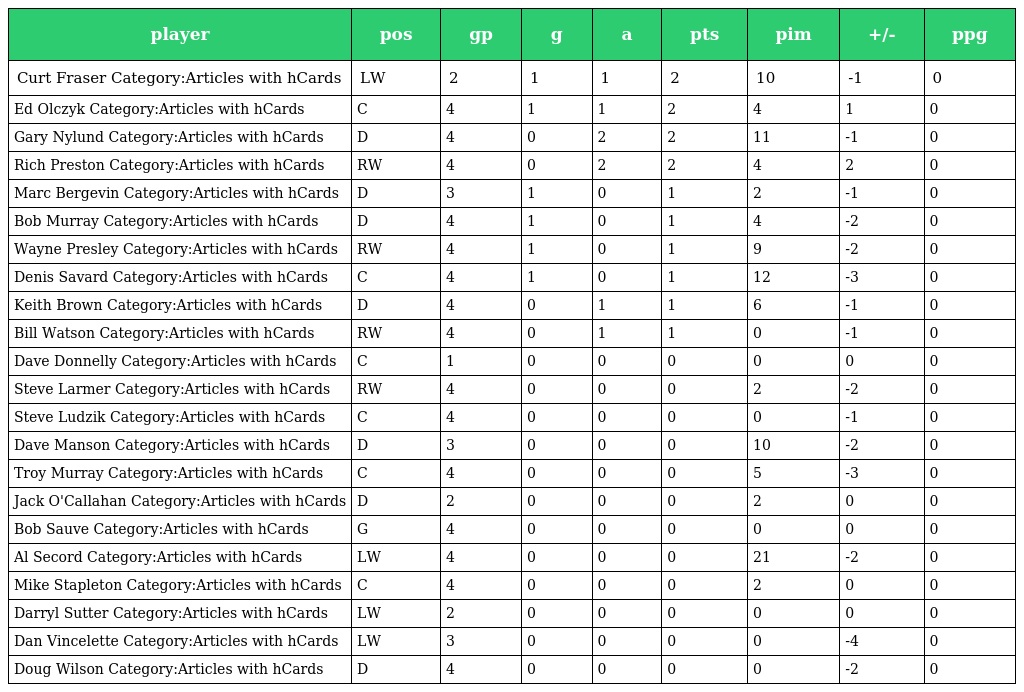
| player | pos | gp | g | a | pts | pim | +/- | ppg |
 | --- | --- | --- | --- | --- | --- | --- | --- | --- |
 | Curt Fraser Category:Articles with hCards | LW | 2 | 1 | 1 | 2 | 10 | -1 | 0 |
 | Ed Olczyk Category:Articles with hCards | C | 4 | 1 | 1 | 2 | 4 | 1 | 0 |
 | Gary Nylund Category:Articles with hCards | D | 4 | 0 | 2 | 2 | 11 | -1 | 0 |
 | Rich Preston Category:Articles with hCards | RW | 4 | 0 | 2 | 2 | 4 | 2 | 0 |
 | Marc Bergevin Category:Articles with hCards | D | 3 | 1 | 0 | 1 | 2 | -1 | 0 |
 | Bob Murray Category:Articles with hCards | D | 4 | 1 | 0 | 1 | 4 | -2 | 0 |
 | Wayne Presley Category:Articles with hCards | RW | 4 | 1 | 0 | 1 | 9 | -2 | 0 |
 | Denis Savard Category:Articles with hCards | C | 4 | 1 | 0 | 1 | 12 | -3 | 0 |
 | Keith Brown Category:Articles with hCards | D | 4 | 0 | 1 | 1 | 6 | -1 | 0 |
 | Bill Watson Category:Articles with hCards | RW | 4 | 0 | 1 | 1 | 0 | -1 | 0 |
 | Dave Donnelly Category:Articles with hCards | C | 1 | 0 | 0 | 0 | 0 | 0 | 0 |
 | Steve Larmer Category:Articles with hCards | RW | 4 | 0 | 0 | 0 | 2 | -2 | 0 |
 | Steve Ludzik Category:Articles with hCards | C | 4 | 0 | 0 | 0 | 0 | -1 | 0 |
 | Dave Manson Category:Articles with hCards | D | 3 | 0 | 0 | 0 | 10 | -2 | 0 |
 | Troy Murray Category:Articles with hCards | C | 4 | 0 | 0 | 0 | 5 | -3 | 0 |
 | Jack O'Callahan Category:Articles with hCards | D | 2 | 0 | 0 | 0 | 2 | 0 | 0 |
 | Bob Sauve Category:Articles with hCards | G | 4 | 0 | 0 | 0 | 0 | 0 | 0 |
 | Al Secord Category:Articles with hCards | LW | 4 | 0 | 0 | 0 | 21 | -2 | 0 |
 | Mike Stapleton Category:Articles with hCards | C | 4 | 0 | 0 | 0 | 2 | 0 | 0 |
 | Darryl Sutter Category:Articles with hCards | LW | 2 | 0 | 0 | 0 | 0 | 0 | 0 |
 | Dan Vincelette Category:Articles with hCards | LW | 3 | 0 | 0 | 0 | 0 | -4 | 0 |
 | Doug Wilson Category:Articles with hCards | D | 4 | 0 | 0 | 0 | 0 | -2 | 0 |